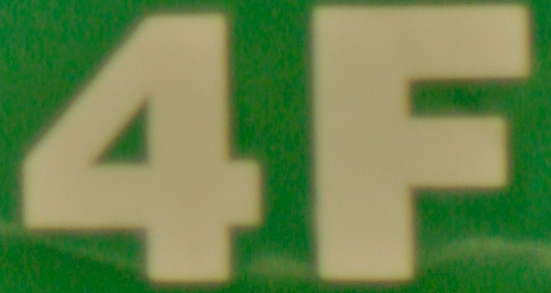
4F